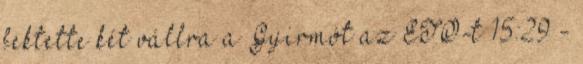
fektette két vállra a Gyirmót az ETO-t 15:29 -